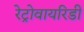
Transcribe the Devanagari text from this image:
रेट्रोवायरिडी